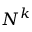
N ^ { k }